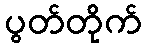
ပွတ်တိုက်